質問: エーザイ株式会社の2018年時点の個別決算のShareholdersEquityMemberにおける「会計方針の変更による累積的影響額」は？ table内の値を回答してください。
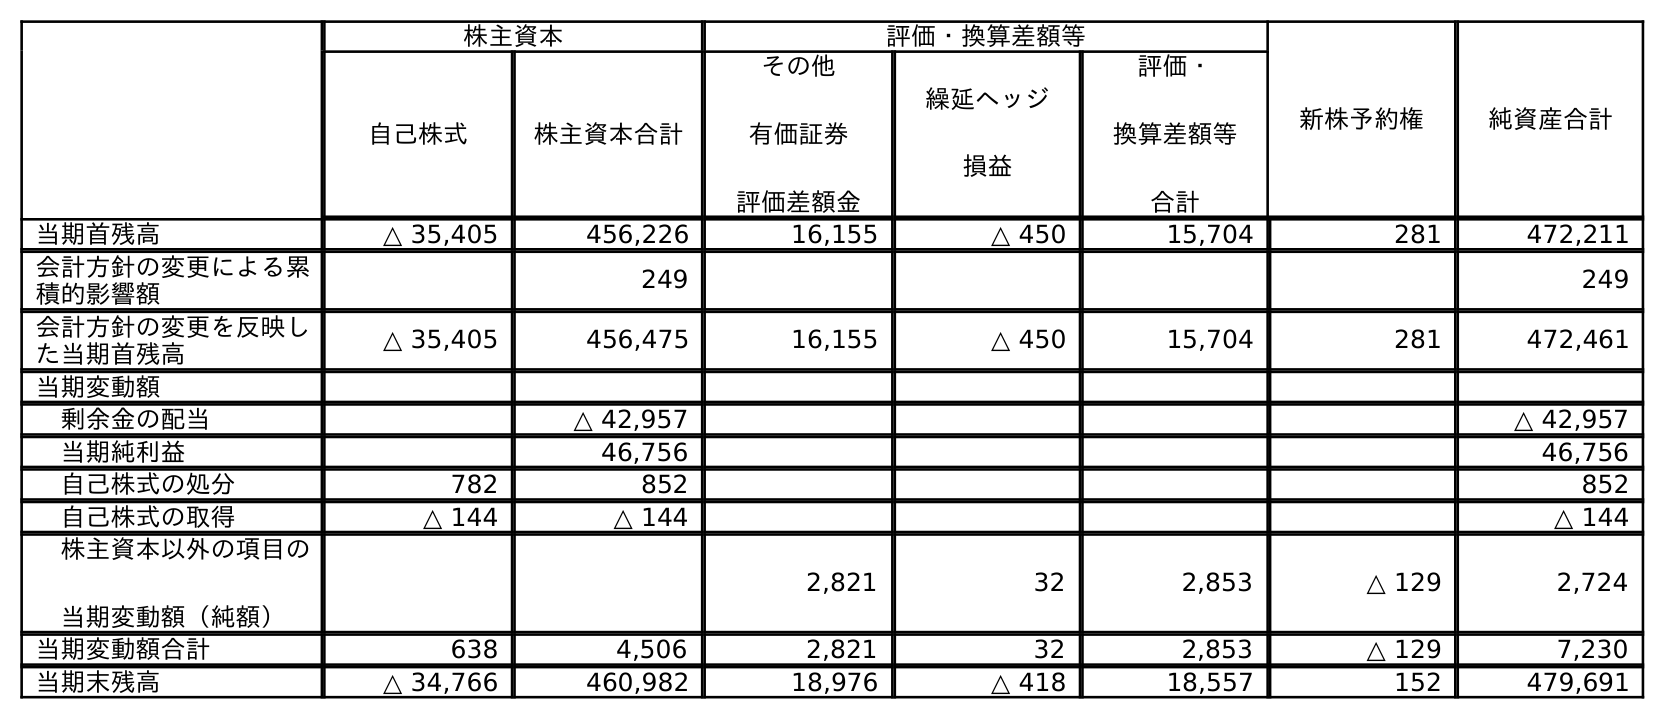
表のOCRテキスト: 株主資本 評価・換算差額等 新株予約権 純資産合計 自己株式 株主資本合計 その他 有価証券 評価差額金 繰延ヘッジ 損益 評価・ 換算差額等 合計 当期首残高 △ 35,405 456,226 16,155 △ 450 15,704 281 472,211 会計方針の変更による累 積的影響額 249 249 会計方針の変更を反映し た当期首残高 △ 35,405 456,475 16,155 △ 450 15,704 281 472,461 当期変動額 剰余金の配当 △ 42,957 △ 42,957 当期純利益 46,756 46,756 自己株式の処分 782 852 852 自己株式の取得 △ 144 △ 144 △ 144 株主資本以外の項目の 当期変動額（純額） 2,821 32 2,853 △ 129 2,724 当期変動額合計 638 4,506 2,821 32 2,853 △ 129 7,230 当期末残高 △ 34,766 460,982 18,976 △ 418 18,557 152 479,691
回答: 249